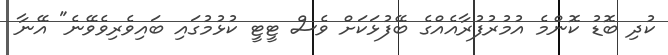
ކުދި ބޮޑު ކޮންމެ އުމުރުފުރާއެއްގެ ބޭފުޅަކަށް ވެސް ޓީޓީ ކުޅުމުގައި ބައިވެރިވެވޭނެ" އޭނާ